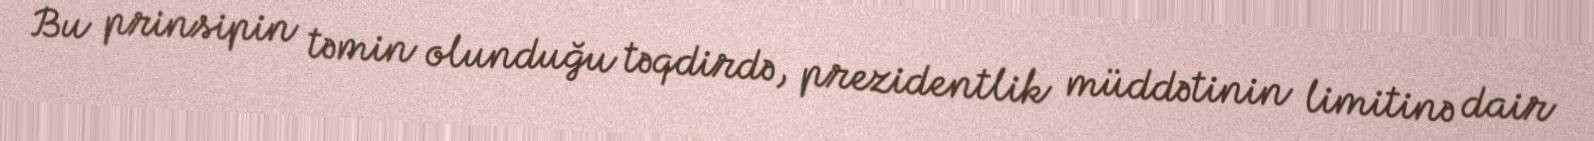
Bu prinsipin təmin olunduğu təqdirdə, prezidentlik müddətinin limitinə dair